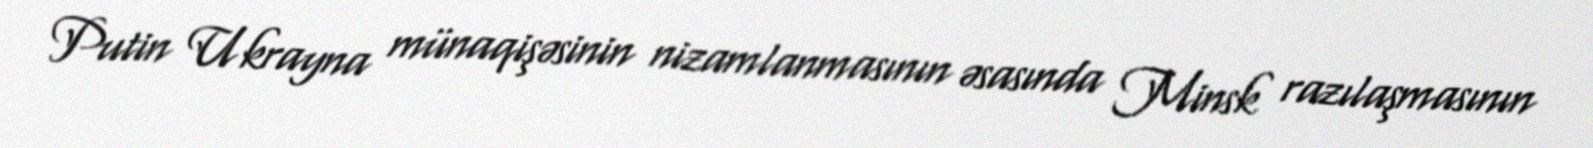
Putin Ukrayna münaqişəsinin nizamlanmasının əsasında Minsk razılaşmasının